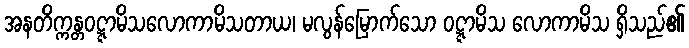
အနတိက္ကန္တဝဋ္ဋာမိသလောကာမိသတာယ၊ မလွန်မြောက်သော ဝဋ္ဋာမိသ လောကာမိသ ရှိသည်၏